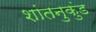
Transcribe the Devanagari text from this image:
शांतनुकुंड